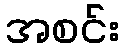
အစင်း